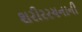
શરીરરચનાની